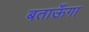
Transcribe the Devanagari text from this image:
बताऊँगा